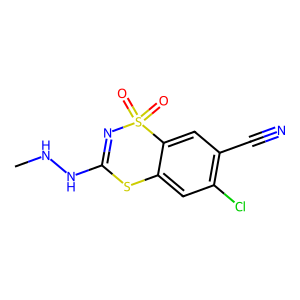
SMILES: CNNC1=NS(=O)(=O)c2cc(C#N)c(Cl)cc2S1
Inhibits HIV replication: No